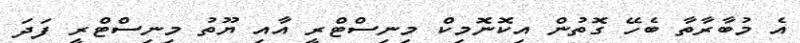
އެ މުބާރާތާ ބެހޭ ގޮތުން އިކޮނޮމިކް މިނިސްޓްރީ އާއި ޔޫތު މިނިސްޓްރީ ފަދަ